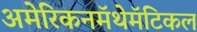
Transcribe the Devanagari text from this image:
अमेरिकनमॅथेमॅटिकल